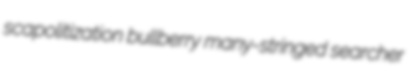
scapolitization bullberry many-stringed searcher